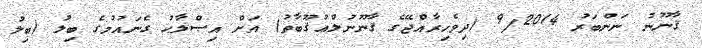
ޤާނޫނު ނަންބަރު 9/2014 (ދިވެހިރާއްޖޭގެ ޤާނޫނުލްޢުޤޫބާތު) އަށް އިޞްލާޙު ގެނައުމުގެ ބިލު (ބިލު